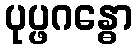
ပုပ္ဖဂန္ဓော